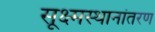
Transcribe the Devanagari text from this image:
सूक्ष्मस्थानांतरण